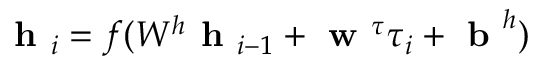
\textbf { h } _ { i } = f ( W ^ { h } \textbf { h } _ { i - 1 } + \textbf { w } ^ { \tau } \tau _ { i } + \textbf { b } ^ { h } )